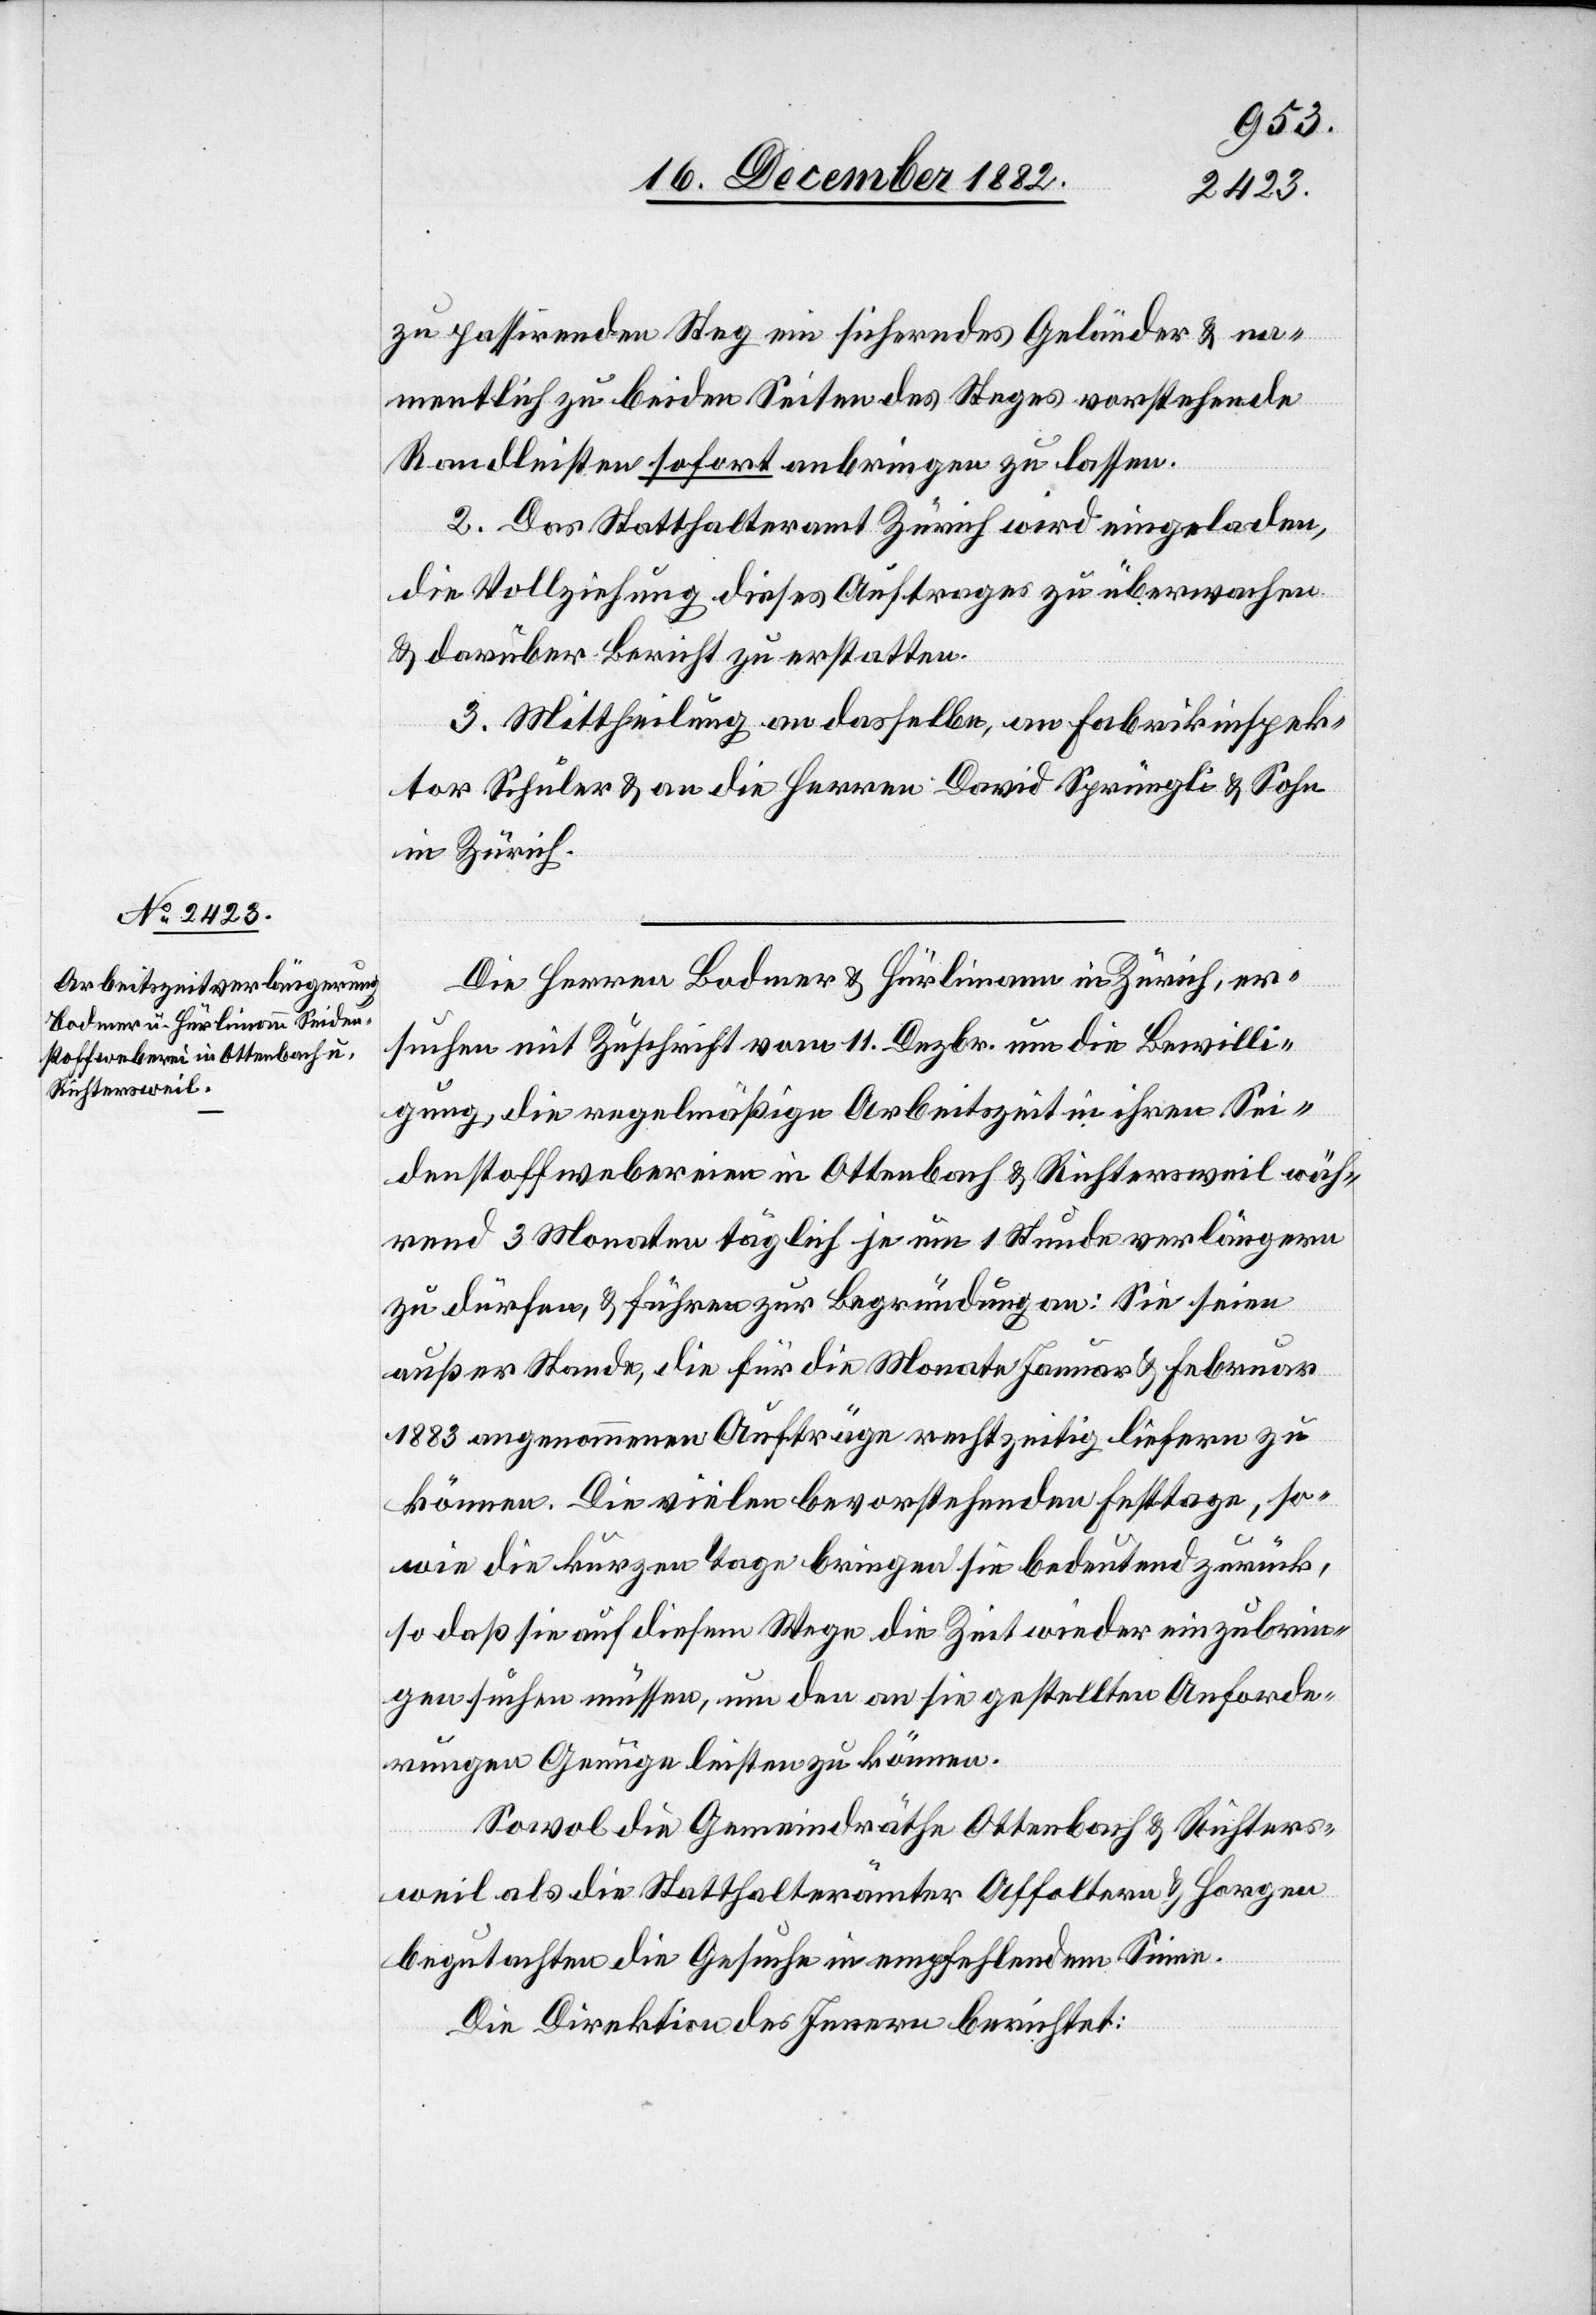
zu passirenden Steg ein sicherndes Geländer & na¬
mentlich zu beiden Seiten des Steges vorstehende
Randleisten sofort anbringen zu lassen.
2. Fas Statthalteramt Zürich wird eingeladen,
die Vollziehung dieses Auftrages zu überwachen
& darüber Bericht zu erstatten.
3. Mittheilung an dasselbe, an Fabrikinspek¬
tor Schuler & an die Herren David Sprüngli & Sohn
in Zürich.
Die Herren Bodmer & Hürlimann in Zürich, er¬
suchen mit Zuschrift vom 11. Dezbr. um die Bewilli¬
gung, die regelmäßige Arbeitszeit in ihren Sei¬
denstoffwebereien in Ottenbach & Richtersweil wäh¬
rend 3 Monaten täglich je um 1 Stunde verlängern
zu dürfen, & führen zur Begründung an: Sie seien
außer Stande, die für die Monate Januar & Februar
1883 angenommenen Aufträge rechtzeitig liefern zu
können. Die vielen bevorstehenden Festtage, so¬
wie die kurzen Tage bringen sie bedeutend zurück,
so daß sie auf diesem Wege die Zeit wieder einzubrin¬
gen suchen müssen, um den an sie gestellten Anforde¬
rungen Genüge leisten zu können.
Sowol die Gemeindräthe Ottenbach & Richters¬
weil als die Statthalterämter Affoltern & Horgen
begutachten die Gesuche in empfehlendem Sinne.
Die Direktion des Innern berichtet: